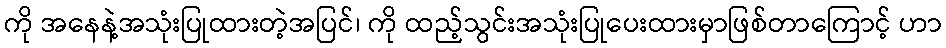
ကို အနေနဲ့အသုံးပြုထားတဲ့အပြင်၊ ကို ထည့်သွင်းအသုံးပြုပေးထားမှာဖြစ်တာကြောင့် ဟာ